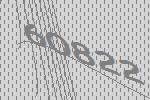
60822